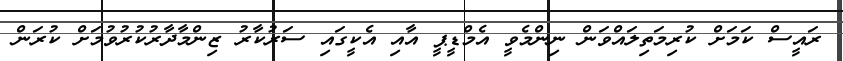
ރައީސް ކަމަށް ކުރިމަތިލައްވަން ނިންމެވީ އެމްޑީޕީ އާއި އެކީގައި ސަރުކާރު ޒިންމާދާރުކުރުވުމަށް ކުރަން